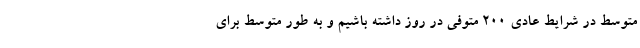
متوسط در شرایط عادی ۲۰۰ متوفی در روز داشته باشیم و به طور متوسط برای